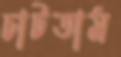
চাটতাম